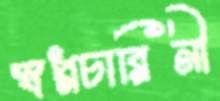
স্বপ্নচারিনী